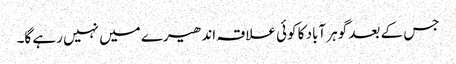
جس کے بعد گوہر آباد کا کوئی علاقہ اندھیرے میں نہیں رہے گا۔